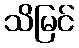
သိမြင်